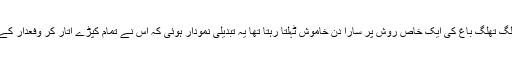
سی پاس ریڈیو انجینئر میں جو مسلمان تھا اور دوسرے پاگلوں سے بالکل الگ تھلگ باغ کی ایک خاص روش پر سارا دن خاموش ٹہلتا رہتا تھا یہ تبدیلی نمودار ہوئی کہ اس نے تمام کپڑے اُتار کر وفعدار کے حوالے کردیئے اور ننگ دھڑنگ سارے باغ میں چلنا پھرنا شروع کردیا۔